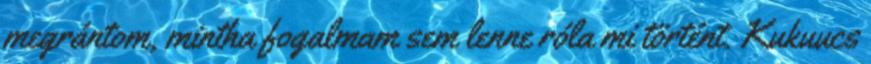
megrántom, mintha fogalmam sem lenne róla mi történt. Kukuucs